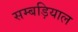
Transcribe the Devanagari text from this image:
सम्बड़ियाल